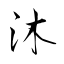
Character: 沐